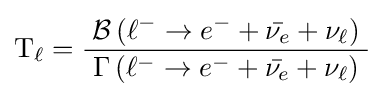
\mathrm {T} _{\ell }={\frac {\;{\mathcal {B}}\left(\ell ^{-}\rightarrow e^{-}+{\bar {\nu _{e}}}+\nu _{\ell }\right)\;}{\Gamma \left(\ell ^{-}\rightarrow e^{-}+{\bar {\nu _{e}}}+\nu _{\ell }\right)}}